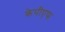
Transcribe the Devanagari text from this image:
केपीएफ